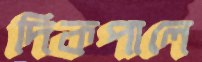
দিকপালে